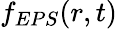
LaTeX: f_{EPS}(r,t)